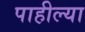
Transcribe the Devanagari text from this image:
पाहील्या